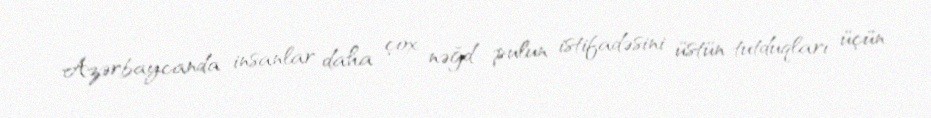
Azərbaycanda insanlar daha çox nəğd pulun istifadəsini üstün tutduqları üçün